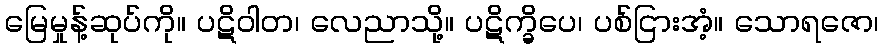
မြေမှုန့်ဆုပ်ကို။ ပဋိဝါတ၊ လေညာသို့။ ပဋိက္ခိပေ၊ ပစ်ငြားအံ့။ သောရဇော၊